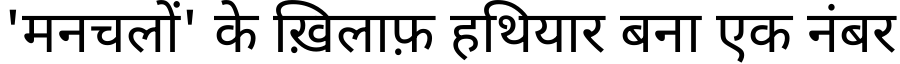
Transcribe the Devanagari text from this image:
'मनचलों' के ख़िलाफ़ हथियार बना एक नंबर